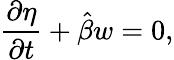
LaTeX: \frac{\partial\eta}{\partial t}+\hat{\beta}w=0,